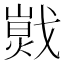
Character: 𢧾